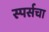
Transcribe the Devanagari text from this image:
स्पर्सचा